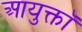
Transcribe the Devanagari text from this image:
आयुक्तॉ